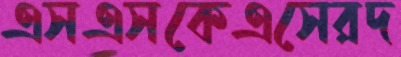
এসএসকেএসেরদ